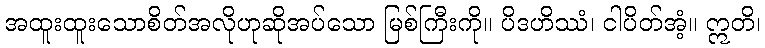
အထူးထူးသောစိတ်အလိုဟုဆိုအပ်သော မြစ်ကြီးကို။ ပိဒဟိဿံ၊ ငါပိတ်အံ့။ ဣတိ၊